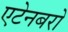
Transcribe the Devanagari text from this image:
एटेनबरो